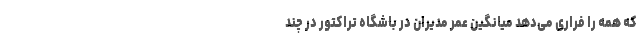
که همه را فراری می‌دهد میانگین عمر مدیران در باشگاه تراکتور در چند